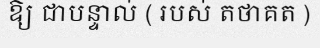
ឱ្យ ជាបន្ទាល់ ( របស់ តថាគត )